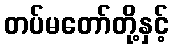
တပ်မတော်တို့နှင့်